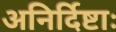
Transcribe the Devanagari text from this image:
अनिर्दिष्टाः